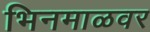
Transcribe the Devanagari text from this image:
भिनमाळवर